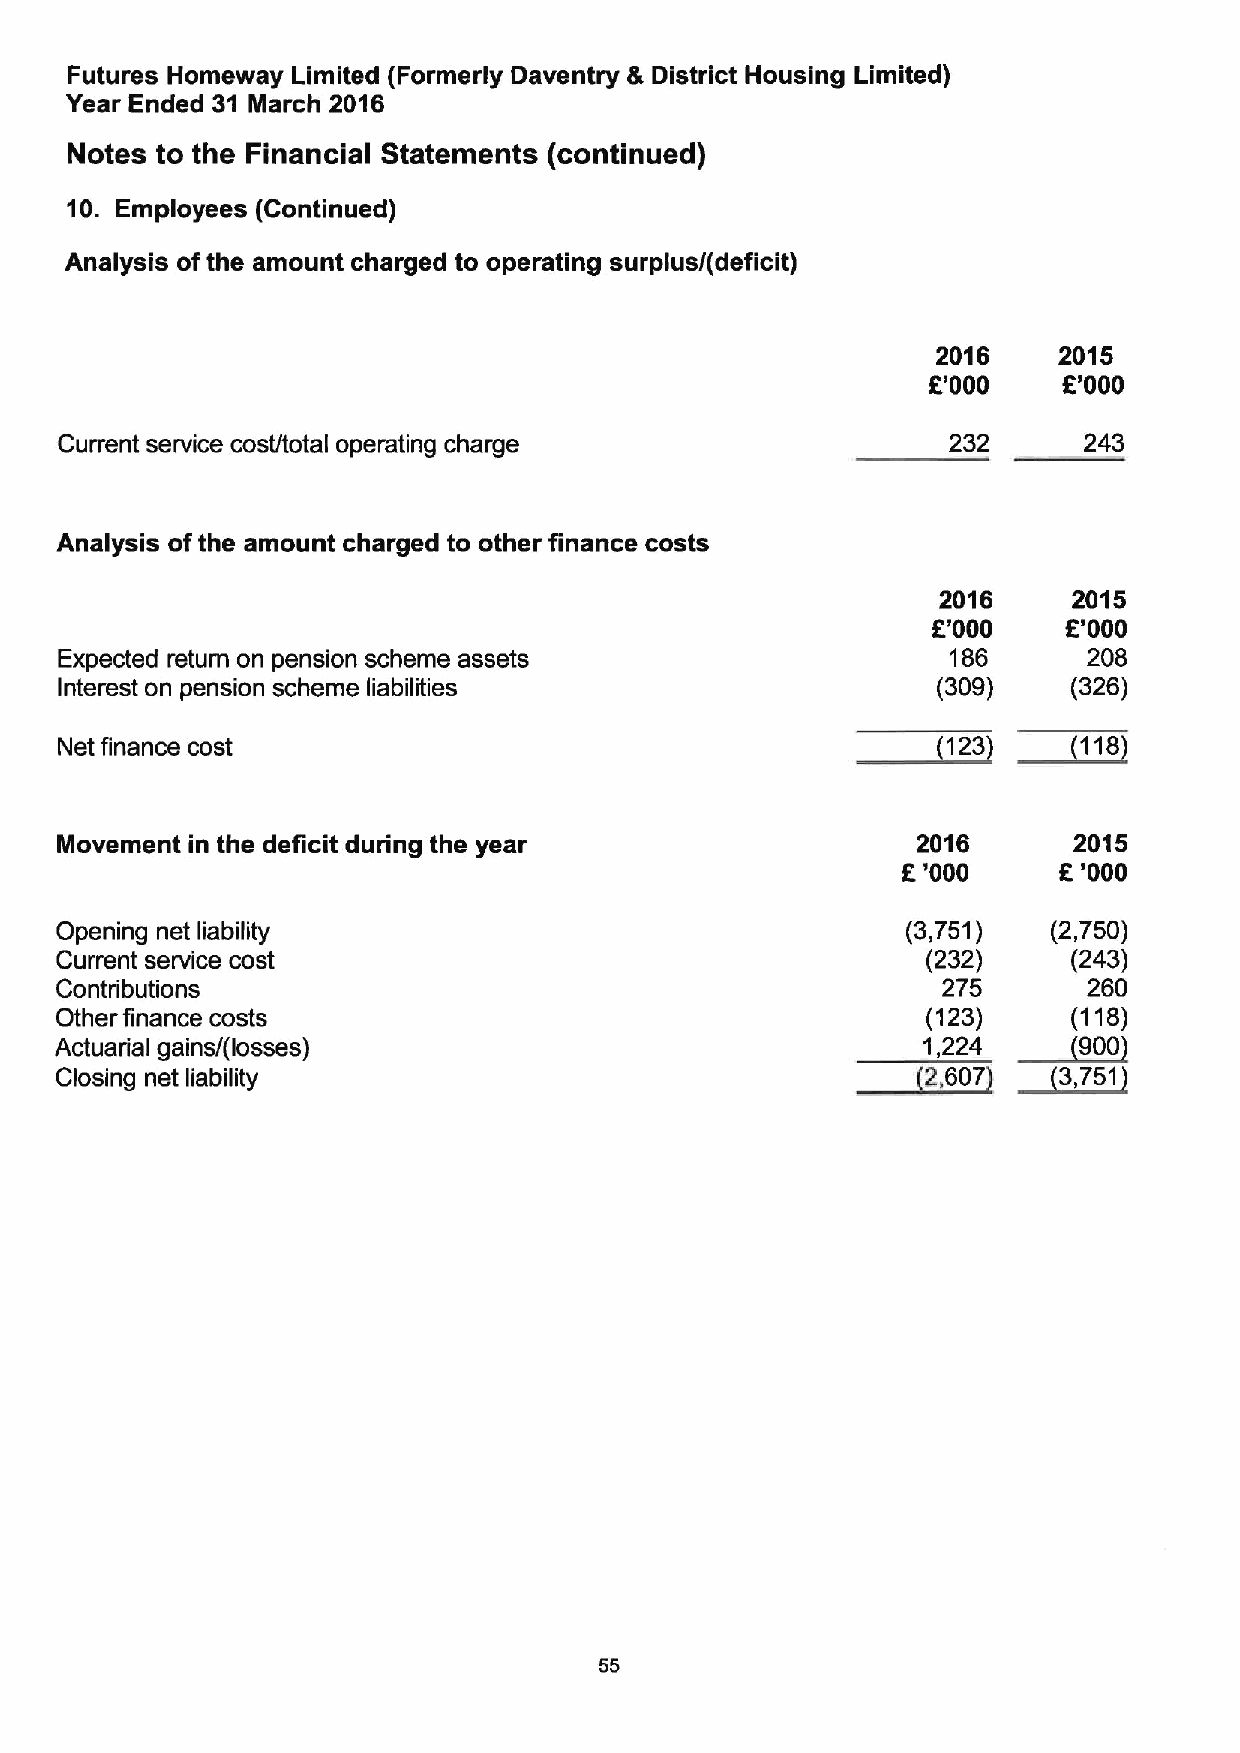
Futures Homeway Limited (Formerly Daventry & District Housing Limited)
 Year Ended 31 March 2016
 Notes to the Financial Statements (continued)
 10. Employees (Continued)
 Analysis ofthe amount charged to operating surplus/(deficit)
 2016    2015
 R'000    K'000
 Current service cost/total operating charge                232      243
 Analysis ofthe amount charged to other finance costs
 2016     2015
 E'000    R'000
 Expected return on pension scheme assets                   186      208
 Interest on pension scheme liabilities                    (309)    (326)
 ~123
 ~116
 Net finance cost
 Movement in the deficit during the year                  2016      2015
 6'000       '000
 K
 Opening net liability                                   (3,751)   (2,750)
 Current service cost                                     (232)     (243)
 Contributions                                             275       260
 Other finance costs                                      (123) ~90(11 08)
 Actuarial gains/(losses)                             ~21,,224
 ~3,
 Closing net liability                                      607      751
 55